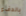
بالدفء